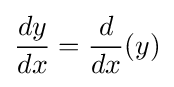
{\frac {dy}{dx}}={\frac {d}{dx}}(y)